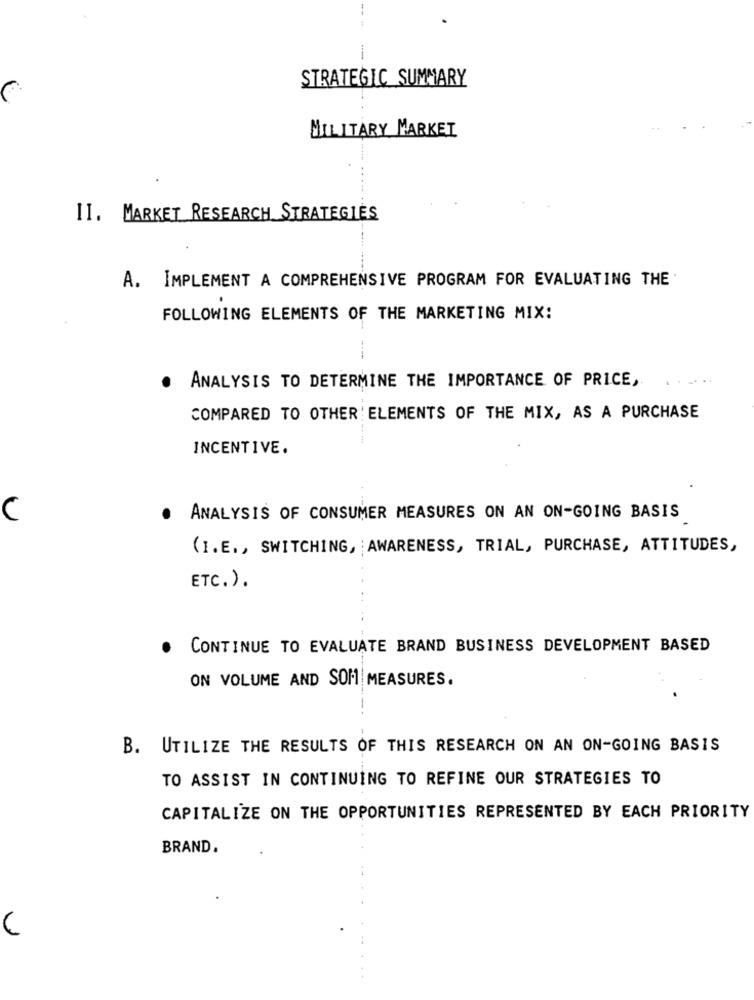
--
STRATEGIC_SUMMARY
MILITARY MARKET
II. MARKET RESEARCH STRATEGIES
A. IMPLEMENT A COMPREHENSIVE PROGRAM FOR EVALUATING THE
FOLLOWING ELEMENTS OF THE MARKETING MIX:
----
ANALYSIS TO DETERMINE THE IMPORTANCE OF PRICE,
.
COMPARED TO OTHER: ELEMENTS OF THE MIX, AS A PURCHASE
INCENTIVE.
C
ANALYSIS OF CONSUMER MEASURES ON AN ON-GOING BASIS
(I.E ., SWITCHING, AWARENESS, TRIAL, PURCHASE, ATTITUDES,
ETC.).
CONTINUE TO EVALUATE BRAND BUSINESS DEVELOPMENT BASED
ON VOLUME AND SOM MEASURES.
B. UTILIZE THE RESULTS OF THIS RESEARCH ON AN ON-GOING BASIS
TO ASSIST IN CONTINUING TO REFINE OUR STRATEGIES TO
CAPITALIZE ON THE OPPORTUNITIES REPRESENTED BY EACH PRIORITY
BRAND.